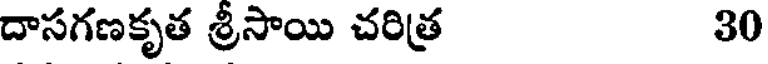
దాసగణకృత శ్రీసాయి చరిత్ర 30